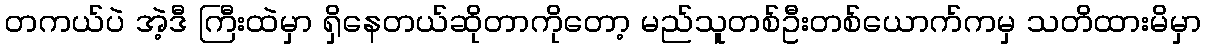
တကယ်ပဲ အဲ့ဒီ ကြီးထဲမှာ ရှိနေတယ်ဆိုတာကိုတော့ မည်သူတစ်ဦးတစ်ယောက်ကမှ သတိထားမိမှာ